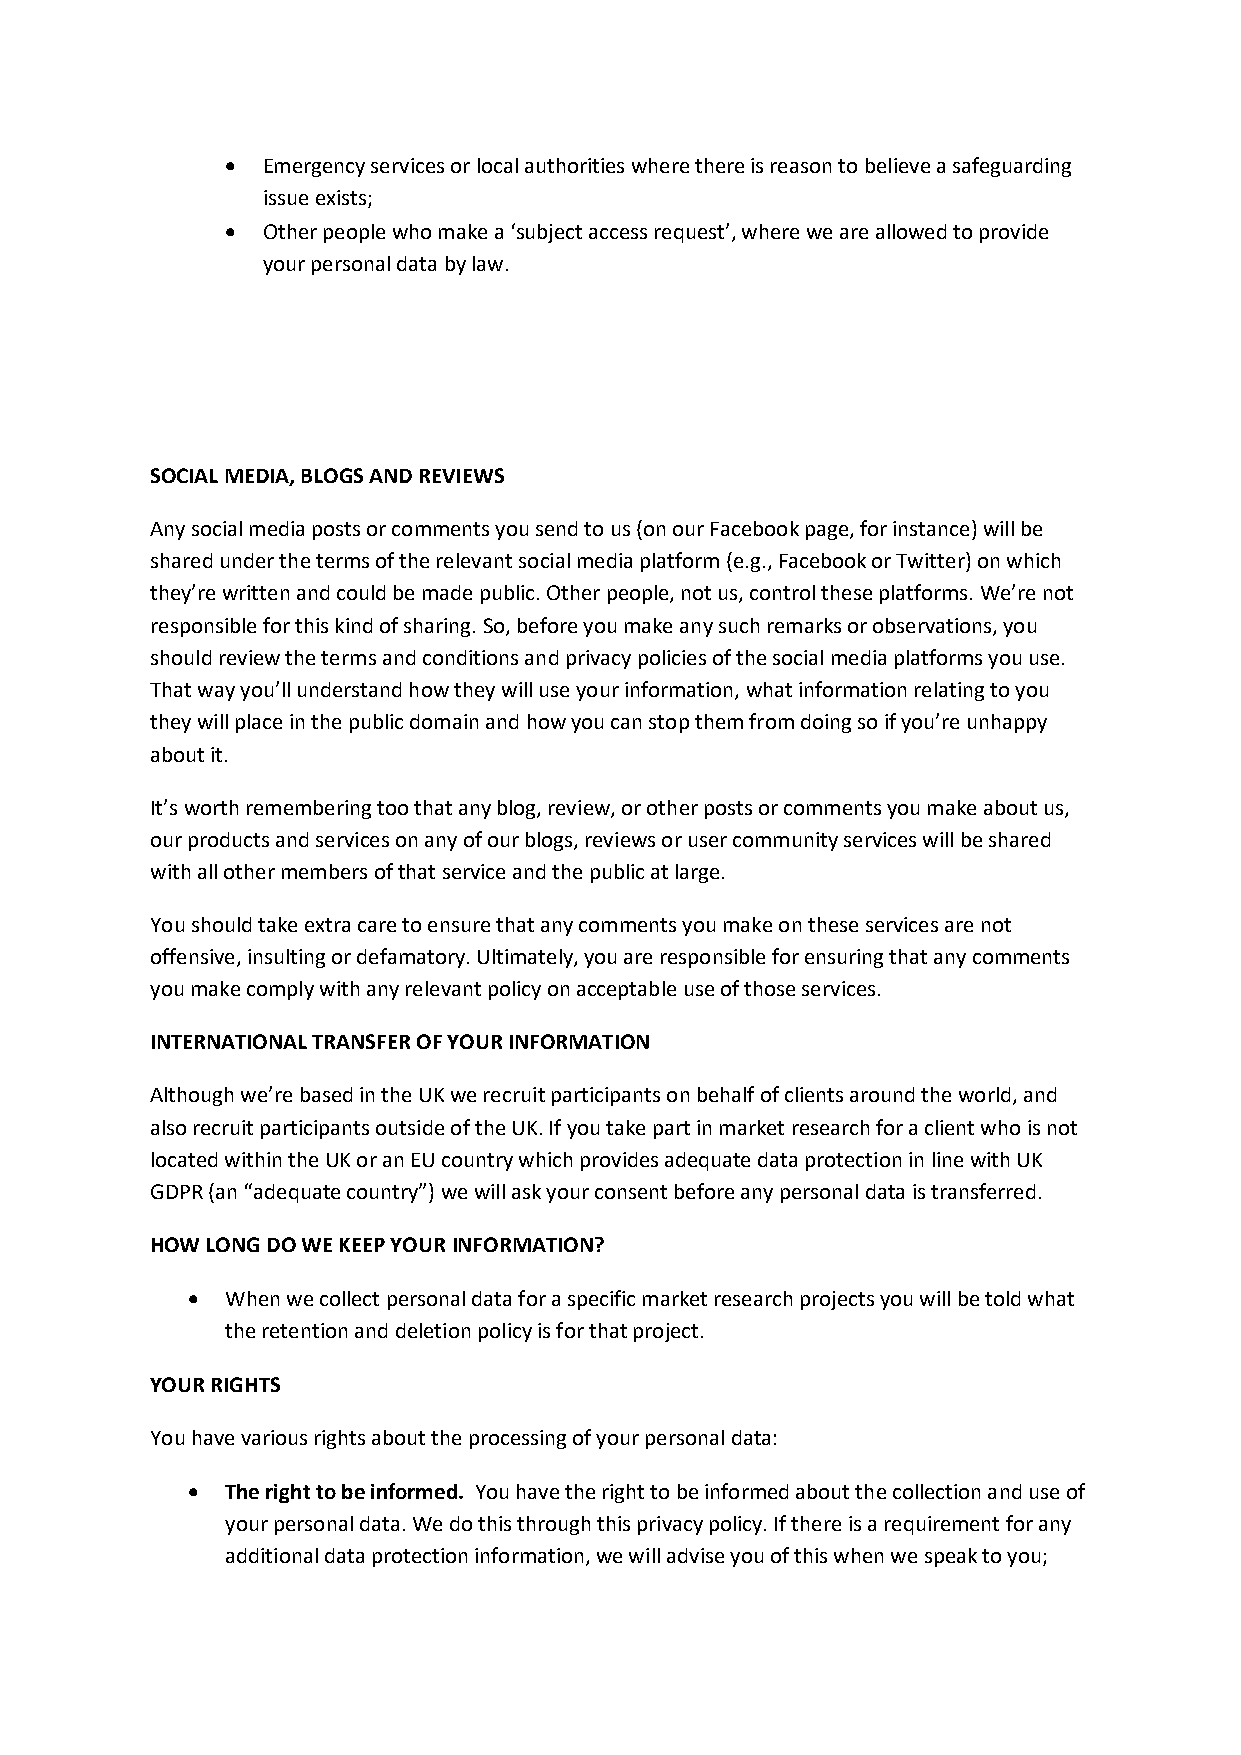
• Emergency services or local authorities where there is reason to believe a safeguarding
 issue exists;
 • Other people who make a ‘subject access request’, where we are allowed to provide
 your personal data by law.
 SOCIAL MEDIA, BLOGS AND REVIEWS
 Any social media posts or comments you send to us (on our Facebook page, for instance) will be
 shared under the terms of the relevant social media platform (e.g., Facebook or Twitter) on which
 they’re written and could be made public. Other people, not us, control these platforms. We’re not
 responsible for this kind of sharing. So, before you make any such remarks or observations, you
 should review the terms and conditions and privacy policies of the social media platforms you use.
 That way you’ll understand how they will use your information, what information relating to you
 they will place in the public domain and how you can stop them from doing so if you’re unhappy
 about it.
 It’s worth remembering too that any blog, review, or other posts or comments you make about us,
 our products and services on any of our blogs, reviews or user community services will be shared
 with all other members of that service and the public at large.
 You should take extra care to ensure that any comments you make on these services are not
 offensive, insulting or defamatory. Ultimately, you are responsible for ensuring that any comments
 you make comply with any relevant policy on acceptable use of those services.
 INTERNATIONAL TRANSFER OF YOUR INFORMATION
 Although we’re based in the UK we recruit participants on behalf of clients around the world, and
 also recruit participants outside of the UK. If you take part in market research for a client who is not
 located within the UK or an EU country which provides adequate data protection in line with UK
 GDPR (an “adequate country”) we will ask your consent before any personal data is transferred.
 HOW LONG DO WE KEEP YOUR INFORMATION?
 •  When we collect personal data for a specific market research projects you will be told what
 the retention and deletion policy is for that project.
 YOUR RIGHTS
 You have various rights about the processing of your personal data:
 •  The right to be informed. You have the right to be informed about the collection and use of
 your personal data. We do this through this privacy policy. If there is a requirement for any
 additional data protection information, we will advise you of this when we speak to you;